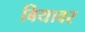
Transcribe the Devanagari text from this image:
बियावर